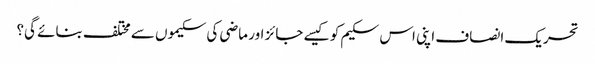
تحریک انصاف اپنی اس سکیم کو کیسے جائز اور ماضی کی سکیموں سے مختلف بنائے گی؟